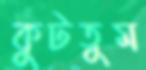
কুটতুম